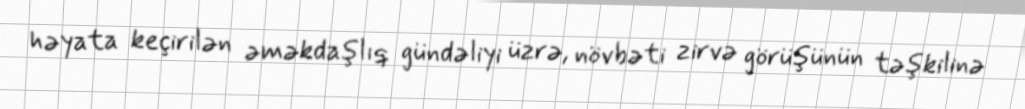
həyata keçirilən əməkdaşlıq gündəliyi üzrə, növbəti zirvə görüşünün təşkilinə